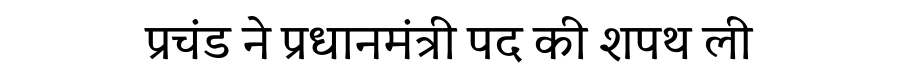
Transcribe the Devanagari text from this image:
प्रचंड ने प्रधानमंत्री पद की शपथ ली